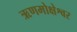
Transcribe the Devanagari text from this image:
ऋणमोक्षेश्वर